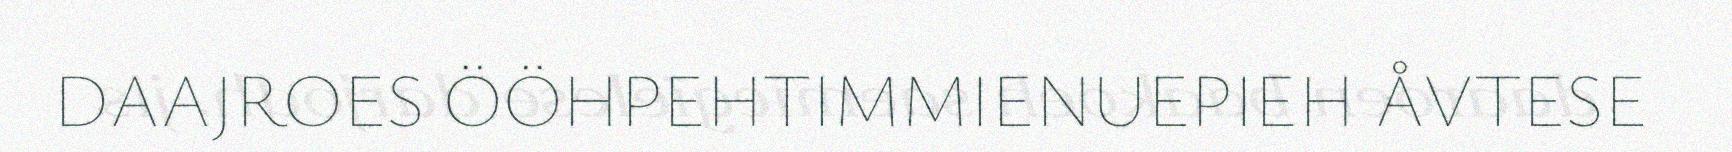
DAAJROES ÖÖHPEHTIMMIENUEPIEH ÅVTESE